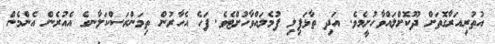
އުތުރިއަރާގޮތަށް ދޫކޮށްލައްވާހުށީމެވެ. އަދި ތާޅަފިލި ފުމެލައްވާހުށްޓެވެ. ފަހެ އެހާރުން ތިމަންރަސްކަލާނގެ އެއުރެން އެންމެން